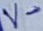
Text: V-